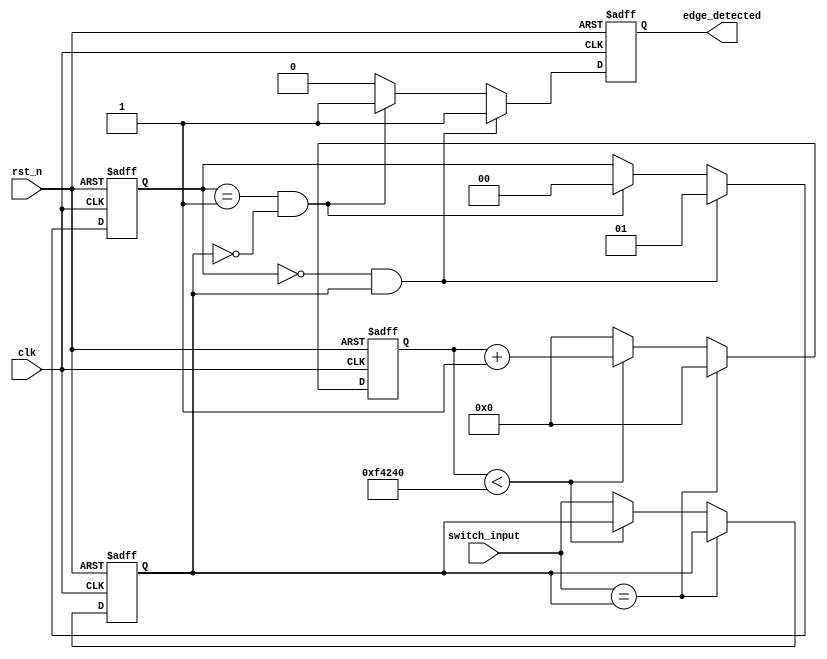
module debounced_edge_detector(
    input wire clk,          // Clock input
    input wire rst_n,       // Active low reset
    input wire switch_input, // Noisy input signal (e.g., push-button)
    output reg edge_detected // Edge detected signal (1 for edge, 0 otherwise)
);

    // Parameters for debounce timing
    parameter DEBOUNCE_TIME = 20'd1000000; // Adjust accordingly for your clock frequency
    parameter COUNTER_WIDTH = 20;

    // Internal signals
    reg [COUNTER_WIDTH-1:0] debounce_counter; // Counter for debounce timing
    reg [1:0] state; // State variable to hold input state
    reg stable_signal;  // Debounced stable signal
    
    // State encoding
    localparam S0 = 2'b00; // Previous state (low)
    localparam S1 = 2'b01; // Previous state (high)

    // Debounce Logic
    always @(posedge clk or negedge rst_n) begin
        if (!rst_n) begin
            debounce_counter <= 0;
            stable_signal <= 0;
            edge_detected <= 0;
            state <= S0;
        end else begin
            // Check if the switch remains stable
            if (switch_input == stable_signal) begin
                debounce_counter <= 0; // Reset counter if stable
            end else if (debounce_counter < DEBOUNCE_TIME) begin
                debounce_counter <= debounce_counter + 1; // Increment counter
            end else begin
                stable_signal <= switch_input; // Update stable signal after debounce time
                debounce_counter <= 0; // Reset after update
            end
            
            // Edge Detection
            if (state == S0 && stable_signal == 1) begin
                edge_detected <= 1; // Rising edge detected
                state <= S1; // Move to high state
            end else if (state == S1 && stable_signal == 0) begin
                edge_detected <= 1; // Falling edge detected
                state <= S0; // Move to low state
            end else begin
                edge_detected <= 0; // No edge detected
            end
        end
    end

endmodule